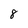
Character: 8